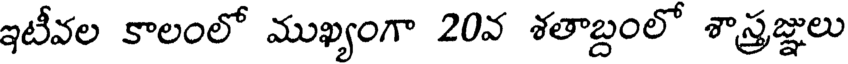
ఇటీవల కాలంలో ముఖ్యంగా 20వ శతాబ్దంలో శాస్త్రజ్ఞులు